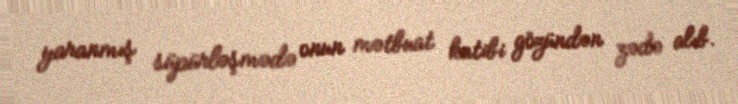
yaranmış süpürləşmədə onun mətbuat katibi gözündən zədə alıb.